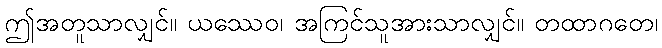
ဤအတူသာလျှင်။ ယဿေဝ၊ အကြင်သူအားသာလျှင်။ တထာဂတေ၊